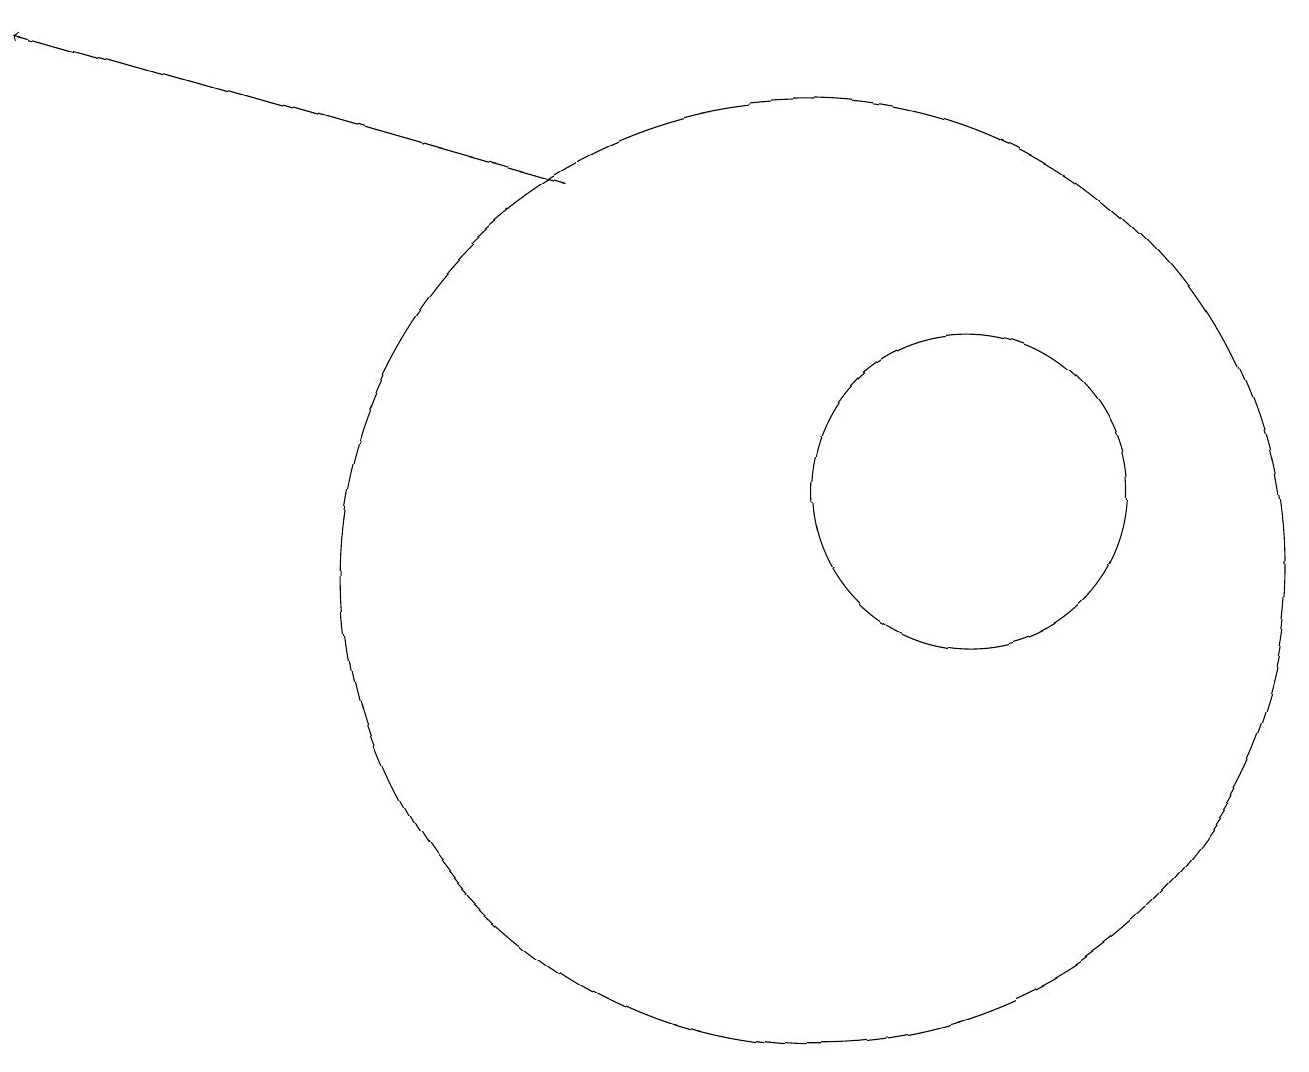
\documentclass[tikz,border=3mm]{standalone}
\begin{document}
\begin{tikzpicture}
\draw (12,12) circle (2);
\draw[->] (7,16) -- (0,18);
\draw (10,11) circle (0);
\draw (10,11) circle (6);
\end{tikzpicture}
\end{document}